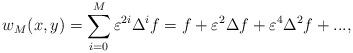
LaTeX: \begin{align*}w_{M}(x,y)=\sum_{i=0}^{M}\varepsilon ^{2i}\Delta^{i}f=f+\varepsilon^{2}\Delta f+\varepsilon ^{4}\Delta^{2}f+..., \end{align*}